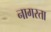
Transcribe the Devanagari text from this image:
नागरता